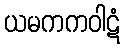
ယမကကဝါဋံ